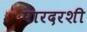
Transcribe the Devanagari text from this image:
पारदरशी